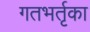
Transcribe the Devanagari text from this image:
गतभर्तृका